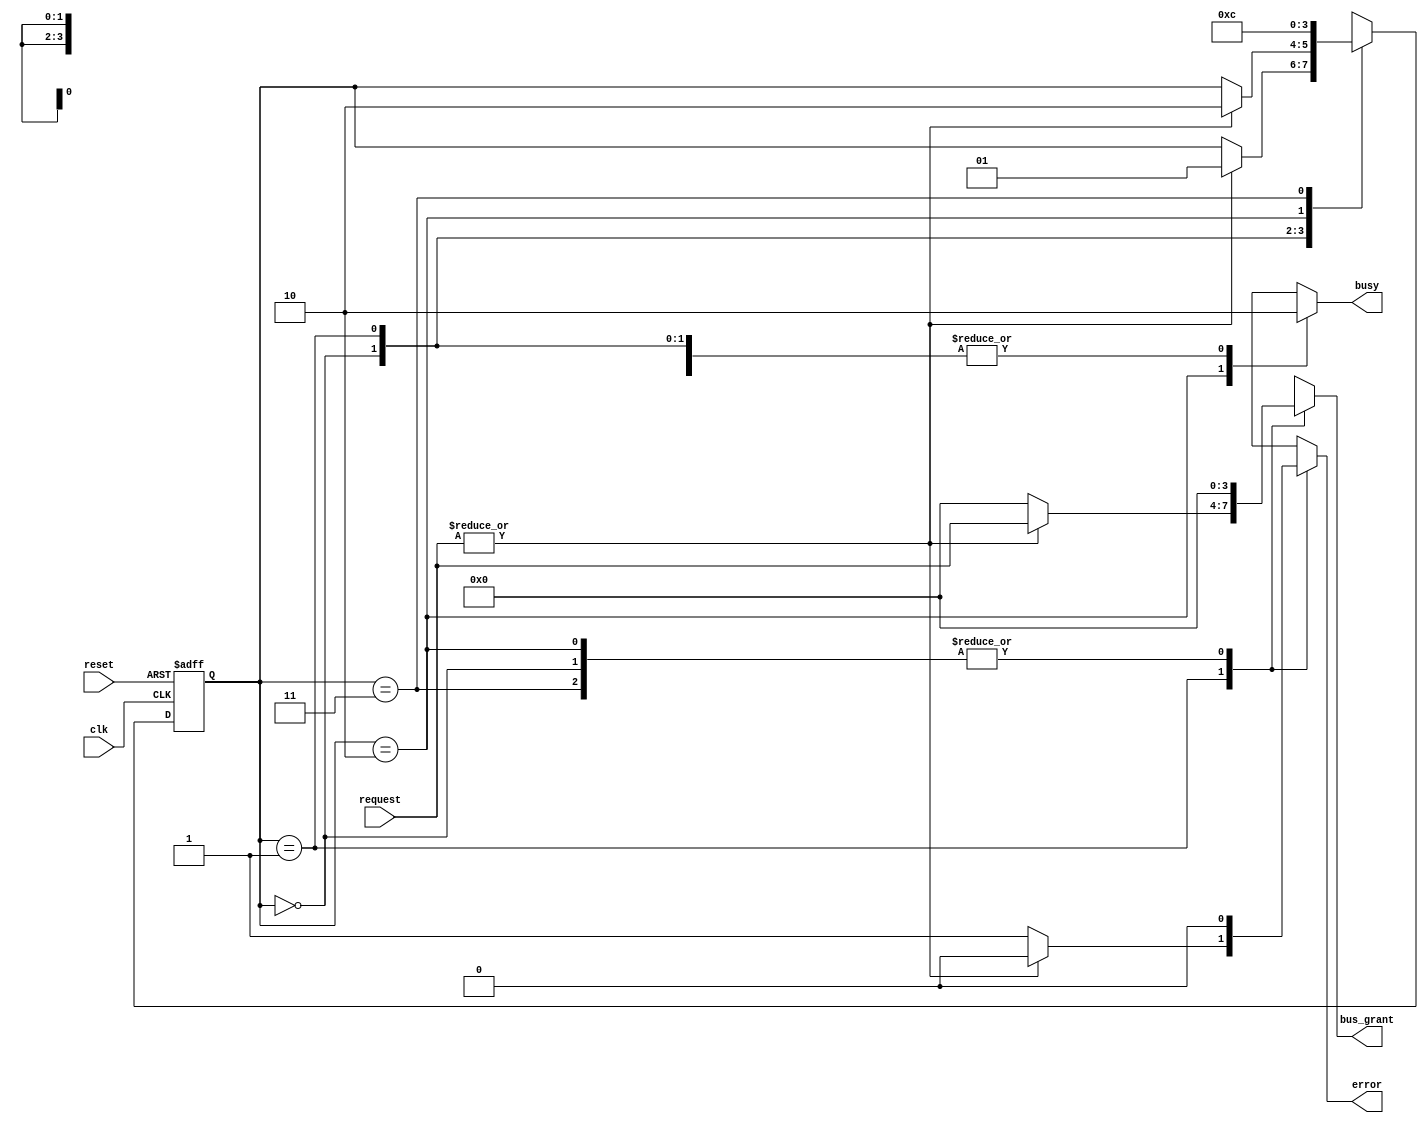
module BusController (
    input wire clk,
    input wire reset,
    input wire [N-1:0] request,     // N=number of devices
    output reg [N-1:0] bus_grant,    // Indicates which device has access to the bus
    output reg busy,
    output reg error
);

parameter N = 4; // Number of devices (adjust as needed)

// State encoding
localparam IDLE    = 2'b00;
localparam REQUEST = 2'b01;
localparam GRANT   = 2'b10;
localparam RELEASE = 2'b11;

// State register
reg [1:0] current_state, next_state;

// Combinational logic for next state
always @(*) begin
    // Default values
    next_state = current_state;
    bus_grant = 0;
    busy = 0;
    error = 0;

    case (current_state)
        IDLE: begin
            if (|request) begin // If any device is requesting
                next_state = REQUEST;
            end
        end

        REQUEST: begin
            // Implement logic to determine if bus can be granted
            // Here, we simply grant the first requesting device
            if (|request) begin
                next_state = GRANT;
                bus_grant = request; // Grant access to the requesting device
            end else begin
                error = 1; // Conflict detected (if multiple requests) - can add more sophisticated handling
            end
        end

        GRANT: begin
            busy = 1; // Bus is busy
            if (~bus_grant) begin // Assume bus_grant turns off when device is done
                next_state = RELEASE;
            end
        end

        RELEASE: begin
            busy = 0; // Bus is released
            next_state = IDLE; // Go back to idle state
        end

        default: next_state = IDLE; // Reset to IDLE on unexpected state
    endcase
end

// Sequential Logic for State Transition
always @(posedge clk or posedge reset) begin
    if (reset) begin
        current_state <= IDLE; // Reset state to IDLE
    end else begin
        current_state <= next_state; // Move to the next state on clock edge
    end
end

endmodule